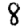
Digit: 8